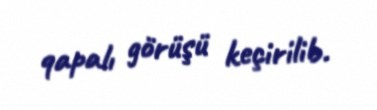
qapalı görüşü keçirilib.